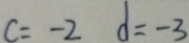
c = - 2 d = - 3